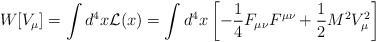
\begin{align*}W[V_{\mu}]=\int d^4x{\cal L}(x)=\int d^4x\left[-{1\over 4}F_{\mu\nu}F^{\mu\nu}+{1\over 2}M^2V_\mu^2\right]\end{align*}